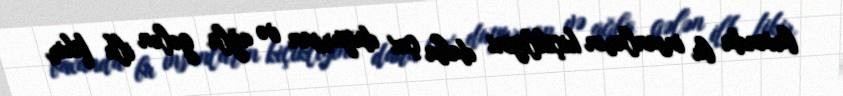
baxanda bu insanların kiçikliyini daha çox duyursan və ağla gələn ilk fikir